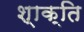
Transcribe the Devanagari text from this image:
श्‍ाक्‍ित